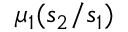
\mu _ { 1 } ( s _ { 2 } / s _ { 1 } )